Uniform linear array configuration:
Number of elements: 4
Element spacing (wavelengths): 0.5
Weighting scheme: uniform
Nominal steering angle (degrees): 15
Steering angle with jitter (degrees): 14.44
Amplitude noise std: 0.05
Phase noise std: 0.05

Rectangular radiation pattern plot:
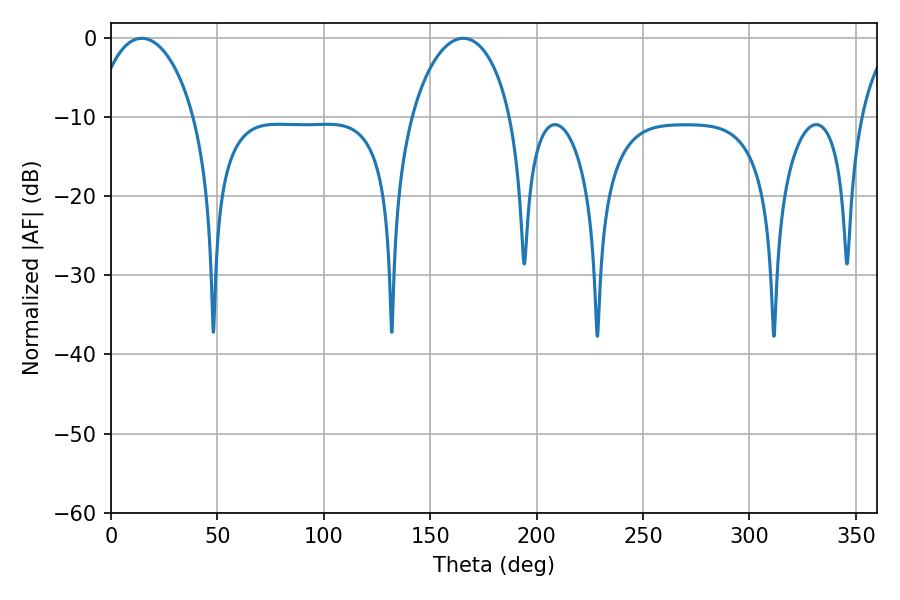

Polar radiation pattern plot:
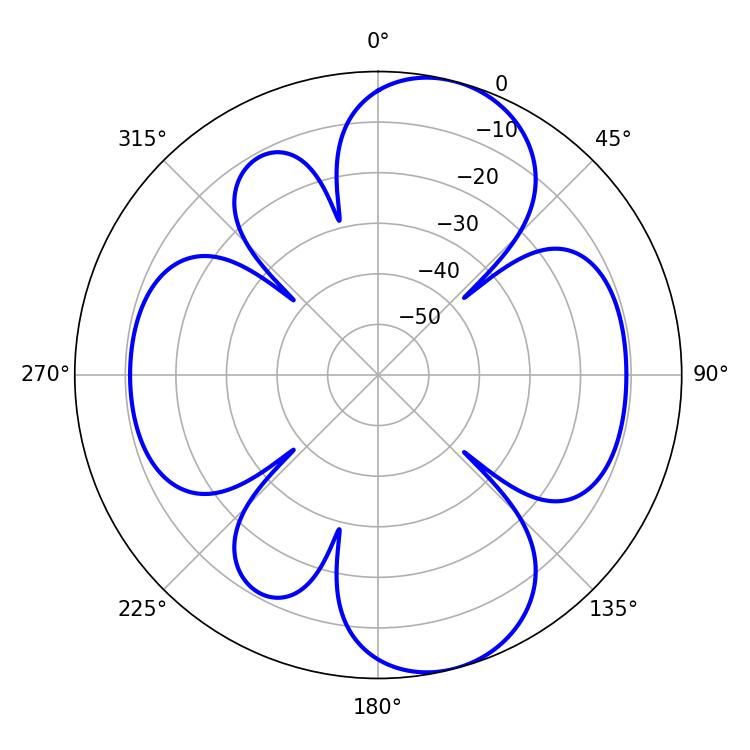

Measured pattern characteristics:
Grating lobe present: FALSE
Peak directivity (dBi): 9.272
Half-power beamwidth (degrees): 26.82
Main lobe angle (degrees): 14.4